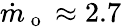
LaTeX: \dot{m}_{\mathrm{~o~}}\approx 2.7